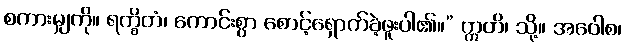
စကားမျှကို။ ရက္ခိတံ၊ ကောင်းစွာ စောင့်ရှောက်ခဲ့ဖူးပါ၏။” ဣတိ၊ သို့။ အဝေါစ၊